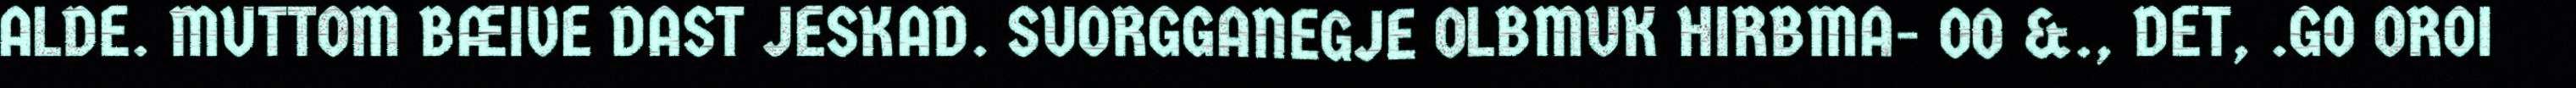
ALDE. MUTTOM BÆIVE DAST JESKAD. SUORGGANEGJE OLBMUK HIRBMA- OO &., DET, .GO OROI